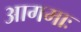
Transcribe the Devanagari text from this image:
आगमाः